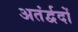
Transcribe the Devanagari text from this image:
अतंर्द्वदों